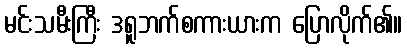
မင်းသမီးကြီး ဒရူဘက်စကားယားက ပြောလိုက်၏။